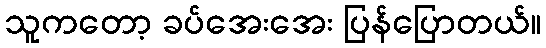
သူကတော့ ခပ်အေးအေး ပြန်ပြောတယ်။